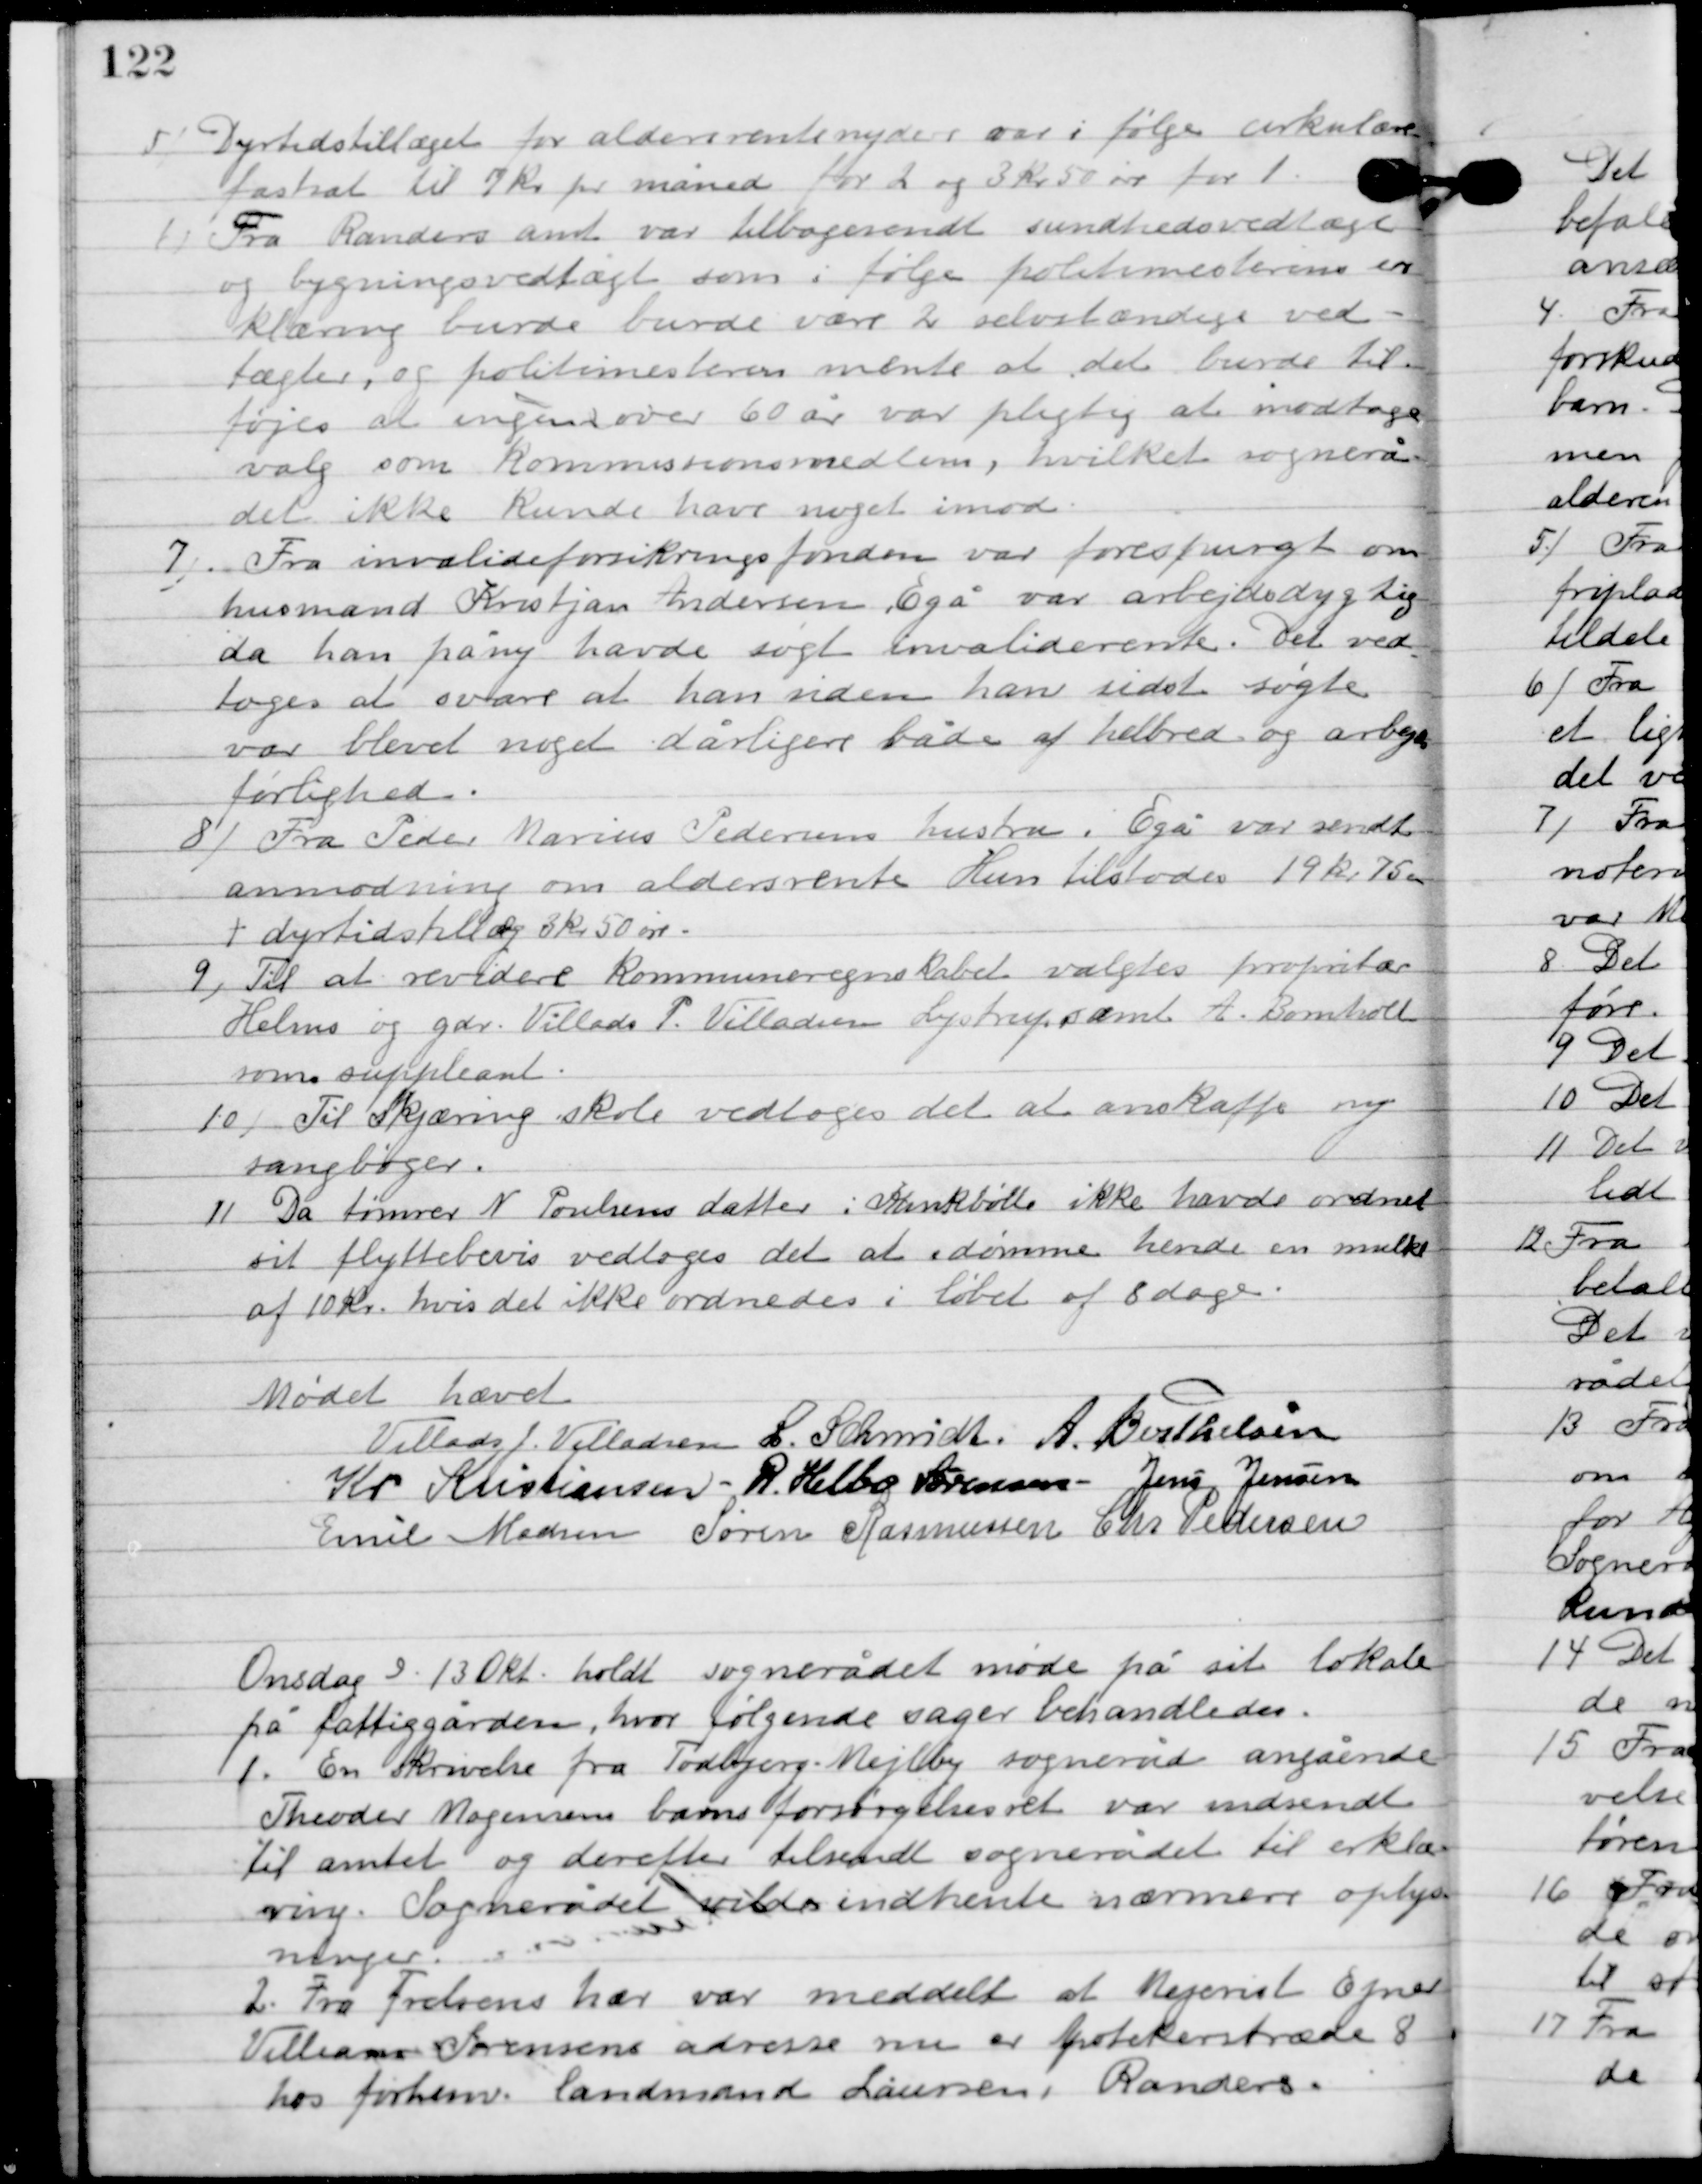
Transskription:
5

Dyrtidstillægget for aldersrentenyder var ifølge cirkulæret
fastsat til 7 kr. pr. måned for 2 og 3 kr. 50 øre for 1.

6

Fra Randers amt var tilbagesendt sundhedsvedtægt
og bygningsvedtægt som ifølge politimesterens er-
klæring burde, burde være 2 selvstændige ved-
tægter, og politimesterens mente at det burde til-
føjes at ingen over 60 år var pligt til modtage
valg som kommunemedlemmer, hvilket sognerå-
det ikke kunde have noget imod.

7

Fra invalideforsikringsfonden var forespurgt om
husmand Kristjan Andersen Egå var arbejdsdygtig
 da han på ny havde søgt invaliderente. Det ved-
toges at svare at han siden han sidst søgte
var blevet noget dårligere både af helbred og arbejds-
førlighed.

8

Fra Peder Marius Pedersens hustru i Egå var sendt
anmodning om aldersrente. Hun tilstodes 19 kr. 75 øre
 i dyrtidstillæg 3 kr. 50 øre.

9

Til at revidere kommuneregnskabet vagtes proprietær
Holms og gdr. Villads P. Villadsen Lystrup samt A. Bomholt
 som suppleant.

10

Til Skjæring skole vedtoges det at anskaffe ny
sangbøger.

11

Da tømrer N. Poulsens datter i Krankbølle ikke havde ordnet
sit flyttebevis vedtoges det at idømme hende en mulkt
af 10 kr., hvis det ikke ordenedes i løbet af 8 dage.

Mødet hævet.

Villads J. Villadsen
L. Schmidt
A. Berthelsen
Kr. Kristiansen
R. Helbo Sørensen
Jens Jensen
Emil Madsen
Søren Rasmussen
Chr. Pedersen

Onsdag D. 13. Okt. holdt sognerådet møde på sit lokale
på fattiggården, hvor følgende sager behandledes.

1

En skrivelse fra Todbjerg-Mejlby sogneråd angående
Theodor Mogensens barns fortrydelsesret var indsendt
til amtet og derefter tilsendt sognerådet til erklæ-
ring. Sognerådet vilde indhente nærmere oplys-
ninger.

2

Fra Frelsens hær var meddelt at Mejerist Ejnar
Villiam Sørensens adresse nu er apotekerstræde 8
hos forhenv. Landmand Laursen i Randers.